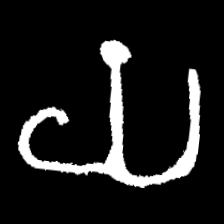
Pyu character \u2014 Myanmar letter: ယ (romanized: ya)